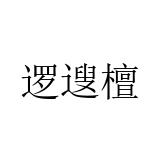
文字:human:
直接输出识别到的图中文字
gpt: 逻遚檀